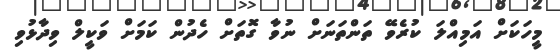
މީހަކަށް އަމިއްލަ ކުރެވޭ ތަންތަނަށް ނުވާ ގޮތަށް ހެދުން ކަމަށް ވަކީލް ވިދާޅުވި